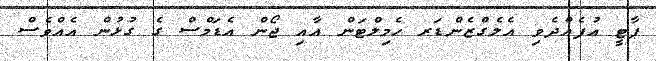
ޕާޓީ އުފެއްދެވި އެލެގްޒެންޑަރ ހެމިލްޓަން އާއި ޖޯން އެޑަމްސް ގެ ގުޅުން އެއްވެސް